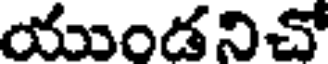
యుండనిచో